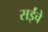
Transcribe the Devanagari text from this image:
सईंचे